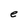
Character: e